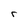
Character: r